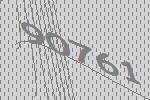
90761